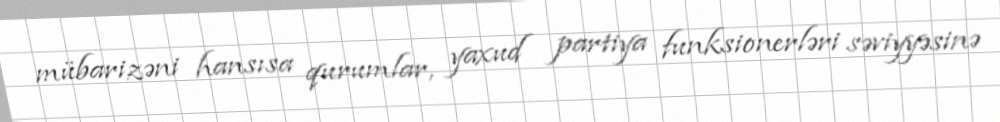
mübarizəni hansısa qurumlar, yaxud partiya funksionerləri səviyyəsinə